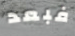
فبعد